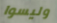
وليسوا